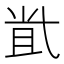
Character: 𡭶